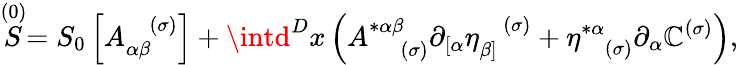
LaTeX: \stackrel{(0)}{S}=S_{0}\left[A_{\alpha\beta}^{\; \; \; (\sigma)}\right]+\intd^{D}x\left(A_{\; \; \; \; (\sigma)}^{*\alpha\beta}\partial_{\left[\alpha\right.}\eta_{\left.\beta\right]}^{\; \; \; (\sigma)}+\eta_{\; \; \; (\sigma)}^{*\alpha}\partial_{\alpha}\mathbb{C}^{(\sigma)}\right),